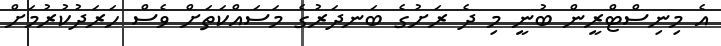
އެ މިނިސްޓްރީން ބުނީ މި ދެ ރަށުގެ ބަނދަރުގެ މަސައްކަތަށް ވެސް ހަރަދުކުރުމަށް